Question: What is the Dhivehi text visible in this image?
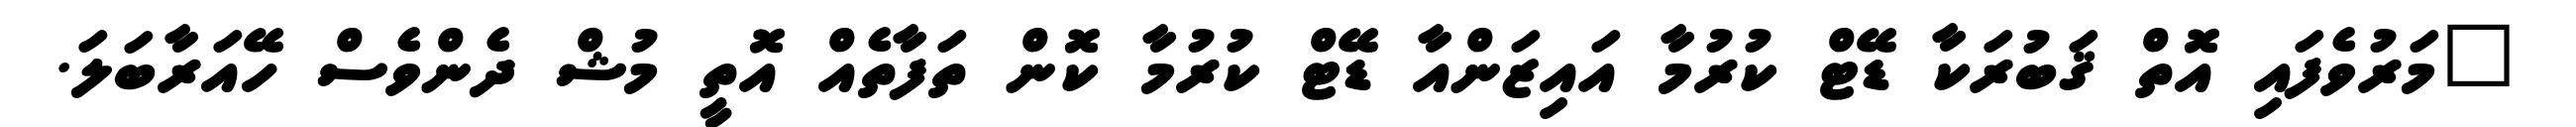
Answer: "މަރުވެފައި އޮތް ޤަބުރަކާ ޑޭޓް ކުރުމާ އައިޒަންއާ ޑޭޓް ކުރުމާ ކޮން ތަފާތެއް އޮތީ މުޝް ދެންވެސް ހޭއަރާބަލަ.